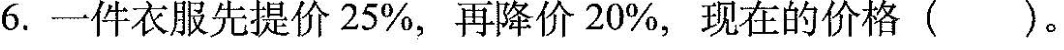
6.一件衣服先提价25%，再降价20%，现在的价格( )。